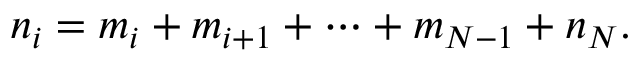
n _ { i } = m _ { i } + m _ { i + 1 } + \cdots + m _ { N - 1 } + n _ { N } .